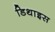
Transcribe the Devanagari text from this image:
डिथाइस